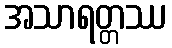
အသာရတ္တဿ